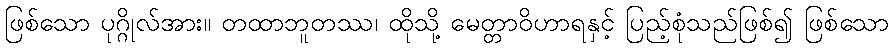
ဖြစ်သော ပုဂ္ဂိုလ်အား။ တထာဘူတဿ၊ ထိုသို့ မေတ္တာဝိဟာရနှင့် ပြည့်စုံသည်ဖြစ်၍ ဖြစ်သော